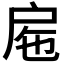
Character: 𢨹